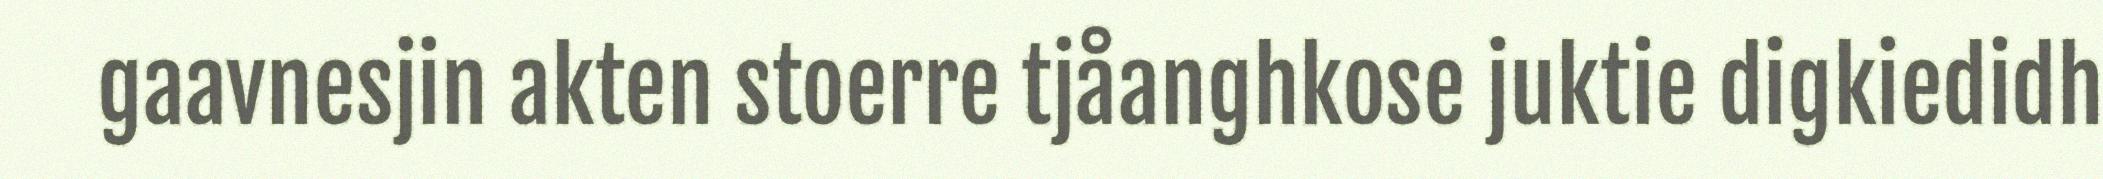
gaavnesjin akten stoerre tjåanghkose juktie digkiedidh